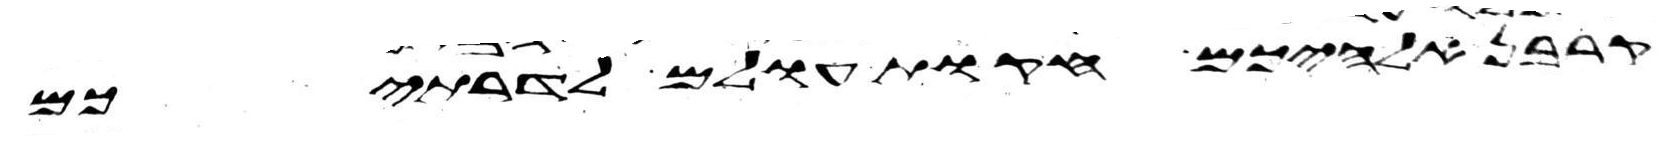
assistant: קרבן אלהיכם חקת עולם לדרתיכם